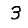
Digit: 3